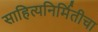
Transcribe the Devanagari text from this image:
साहित्यनिर्मितीचा